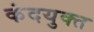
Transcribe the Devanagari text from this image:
कंदयुक्त